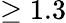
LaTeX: \geq 1.3